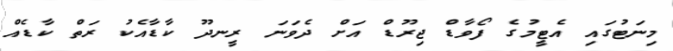
މިނަޓުގައި އެޓީމުގެ ފޯވާޑް ޖިރޫޑް އަށް ދެވަނަ ރީނދޫ ކާޑާއެކު ރަތް ކާޑެއް